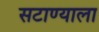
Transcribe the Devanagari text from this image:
सटाण्याला